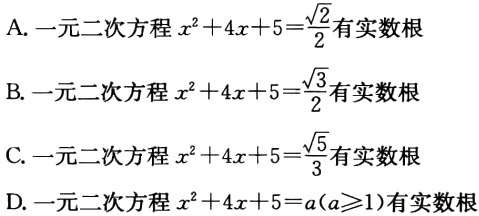
A. 一元二次方程\(x^{2}+4x + 5=\frac{\sqrt{2}}{2}\)有实数根

B. 一元二次方程\(x^{2}+4x + 5=\frac{\sqrt{3}}{2}\)有实数根

C. 一元二次方程\(x^{2}+4x + 5=\frac{\sqrt{5}}{3}\)有实数根

D. 一元二次方程\(x^{2}+4x + 5=a(a\geqslant1)\)有实数根